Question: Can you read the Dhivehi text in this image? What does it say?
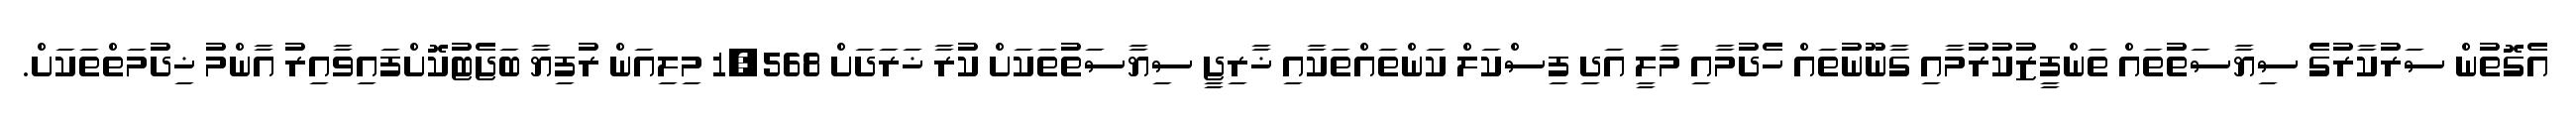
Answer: އެގޮތުން ސަރުކާރުގެ ސިޔާސަތުތައް ތަންފީޒުކުރުމާއި ގާނޫނުތައް ހެދުމާއި މާލީ އަދި ފިސްކަލް ކަންތައްތަކާއި ޚާރިޖީ ސިޔާސަތުތަކަށް ކުރާ ޚަރަދަށް 1,568 މިލިއަން ރުފިޔާ ބަޖެޓުކޮށްފައިވާއިރު އާންމު ޚިދުމަތްތަކަށް.